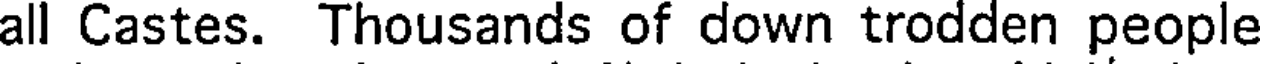
all Castes. Thousands of down trodden people